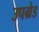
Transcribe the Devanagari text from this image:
उपग्रेड